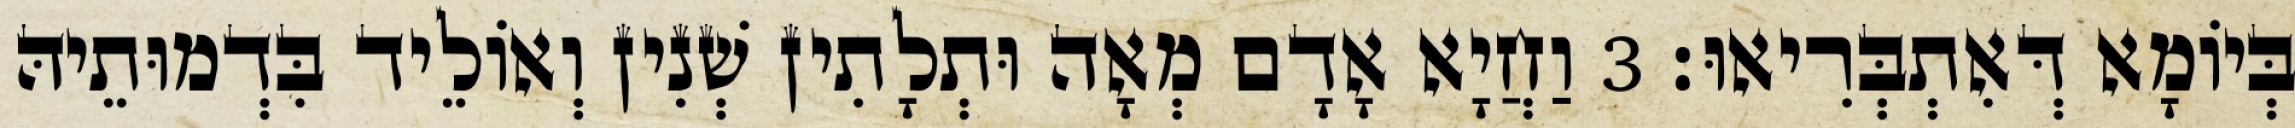
בְּיוֹמָא דְּאִתְבְּרִיאוּ׃ 3 וַחֲיָא אָדָם מְאָה וּתְלָתִין שְׁנִין וְאוֹלֵיד בִּדְמוּתֵיהּ